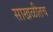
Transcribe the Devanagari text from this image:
साखळीतच